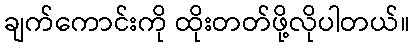
ချက်ကောင်းကို ထိုးတတ်ဖို့လိုပါတယ်။